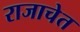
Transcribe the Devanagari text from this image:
राजाचेत